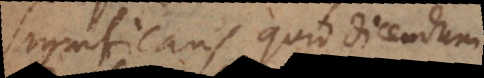
significans quid dicendum